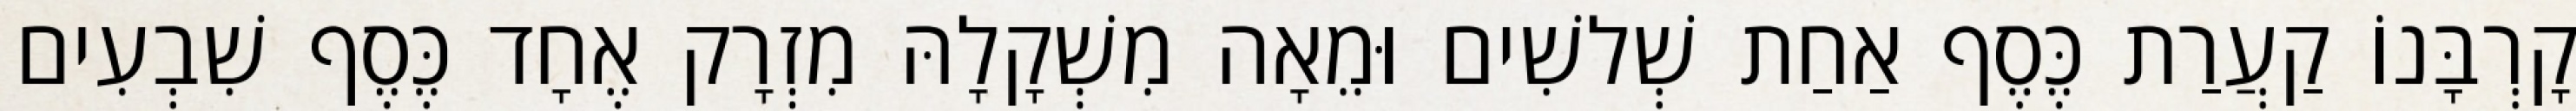
קָרְבָּנוֹ קַעֲרַת כֶּסֶף אַחַת שְׁלשִׁים וּמֵאָה מִשְׁקָלָהּ מִזְרָק אֶחָד כֶּסֶף שִׁבְעִים